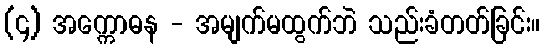
(၄) အက္ကောဓန - အမျက်မထွက်ဘဲ သည်းခံတတ်ခြင်း။